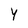
Character: y